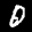
Label: 0